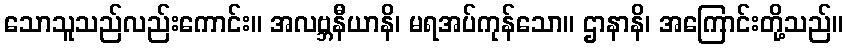
သောသူသည်လည်းကောင်း။ အလဗ္ဘနီယာနိ၊ မရအပ်ကုန်သော။ ဌာနာနိ၊ အကြောင်းတို့သည်။